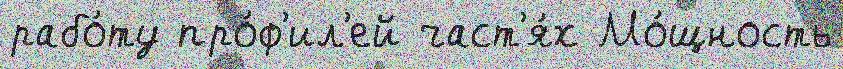
рабо́ту про́ф'ил'ей част'я́х Мо́щность